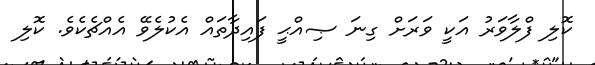
ކޮލި ފްލާވަރު އަކީ ވަރަށް ގިނަ ޞިއްޙީ ފައިދާތައް އެކުލެވޭ އެއްޗެކެވެ. ކޮލި